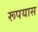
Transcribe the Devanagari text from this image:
रूपयास